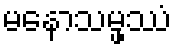
မနောသမ္ဖဿံ